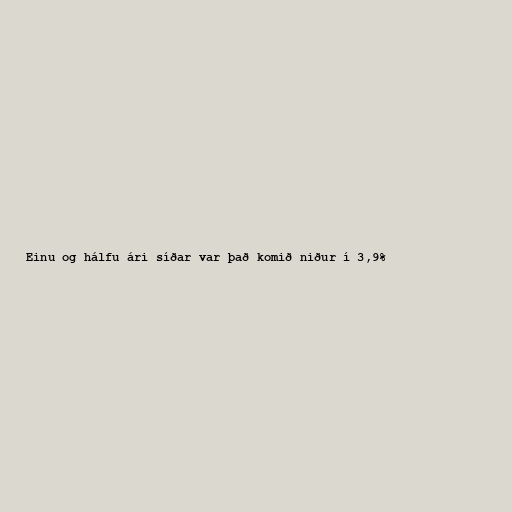
Einu og hálfu ári síðar var það komið niður í 3,9%